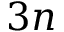
3 n